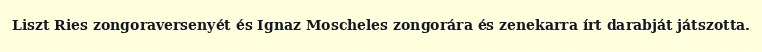
Liszt Ries zongoraversenyét és Ignaz Moscheles zongorára és zenekarra írt darabját játszotta.